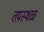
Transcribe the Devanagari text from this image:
तपस्थळ